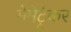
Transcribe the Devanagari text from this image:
मेमेट्रैकर